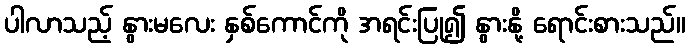
ပါလာသည့် နွားမလေး နှစ်ကောင်ကို အရင်းပြု၍ နွားနို့ ရောင်းစားသည်။